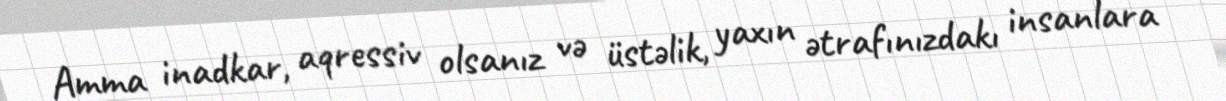
Amma inadkar, aqressiv olsanız və üstəlik, yaxın ətrafınızdakı insanlara